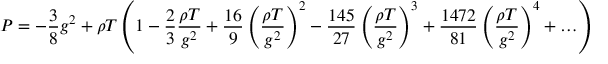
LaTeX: P = - \frac { 3 } { 8 } g ^ { 2 } + \rho T \left( 1 - \frac { 2 } { 3 } \frac { \rho T } { g ^ { 2 } } + \frac { 1 6 } { 9 } \left( \frac { \rho T } { g ^ { 2 } } \right) ^ { 2 } - \frac { 1 4 5 } { 2 7 } \left( \frac { \rho T } { g ^ { 2 } } \right) ^ { 3 } + \frac { 1 4 7 2 } { 8 1 } \left( \frac { \rho T } { g ^ { 2 } } \right) ^ { 4 } + \ldots \right)